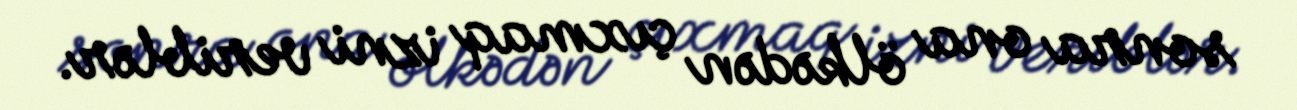
sonra ona ölkədən çıxmaq izni veriblər.